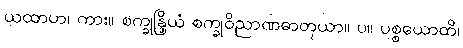
ယထာဟ၊ ကား။ စက္ခုန္ဒြိယံ စက္ခုဝိညာဏဓာတုယာ။ ပ။ ပစ္စယောတိ၊